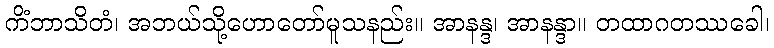
ကိံဘာသိတံ၊ အဘယ်သို့ဟောတော်မူသနည်း။ အာနန္ဒ၊ အာနန္ဒာ။ တထာဂတဿခေါ၊